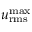
u _ { \mathrm { r m s } } ^ { \mathrm { m a x } }